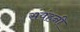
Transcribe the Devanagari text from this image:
संवंहनी